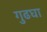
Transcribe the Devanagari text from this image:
गुढघा